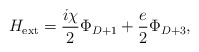
\begin{align*}H_{\rm ext} =\frac{i\chi}{2}\Phi_{D+1}+\frac{e}{2} \Phi_{D+3},\end{align*}